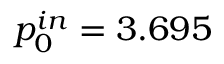
p _ { 0 } ^ { i n } = 3 . 6 9 5